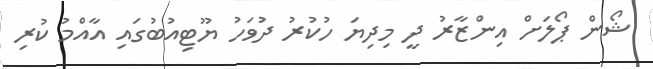
ޝޯން ޕޯލަށް އިންޒާރު ދީ މިދިޔަ ހުކުރު ދުވަހު ޔޫޓިއުބުގައި އާއްމު ކުރި